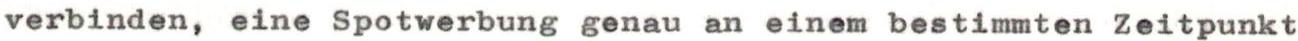
verbinden, eine Spotwerbung genau an einem bestimmten Zeitpunkt